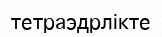
тетраэдрлікте